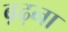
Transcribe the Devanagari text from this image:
ब़ढ़ना